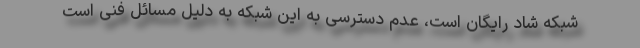
شبکه شاد رایگان است، عدم دسترسی به این شبکه به دلیل مسائل فنی است